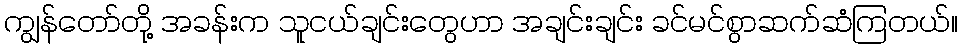
ကျွန်တော်တို့ အခန်းက သူငယ်ချင်းတွေဟာ အချင်းချင်း ခင်မင်စွာဆက်ဆံကြတယ်။